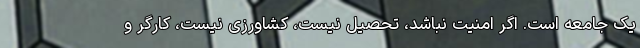
یک جامعه است. اگر امنیت نباشد، تحصیل نیست، کشاورزی نیست، کارگر و